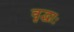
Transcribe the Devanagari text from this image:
वृद्धाः